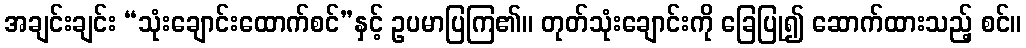
အချင်းချင်း “သုံးချောင်းထောက်စင်”နှင့် ဥပမာပြကြ၏။ တုတ်သုံးချောင်းကို ခြေပြု၍ ဆောက်ထားသည့် စင်။